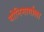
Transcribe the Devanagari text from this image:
योनिमार्गाला